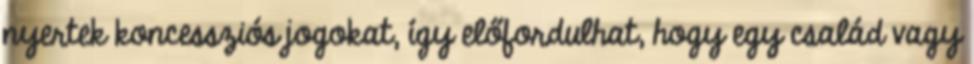
nyertek koncessziós jogokat, így előfordulhat, hogy egy család vagy